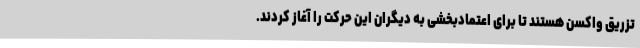
تزریق واکسن هستند تا برای اعتمادبخشی به دیگران این حرکت را آغاز کردند.